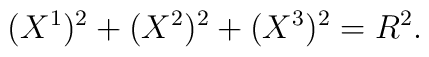
(X^1)^2+(X^2)^2+(X^3)^2=R^2.